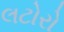
લટોરો